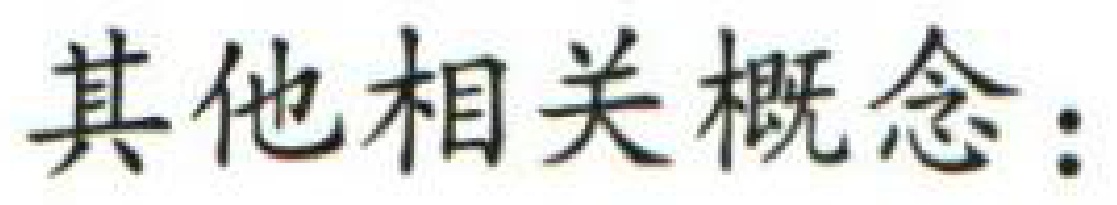
其他相关概念：